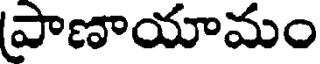
పాణాయామం